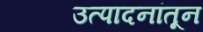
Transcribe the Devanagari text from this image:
उत्पादनांतून